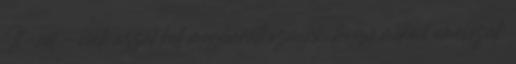
It-nél – csak azzal kell megbarátkoznunk, hogy miként emésszük